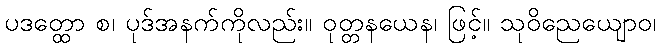
ပဒတ္ထော စ၊ ပုဒ်အနက်ကိုလည်း။ ဝုတ္တနယေန၊ ဖြင့်။ သုဝိညေယျောဝ၊